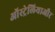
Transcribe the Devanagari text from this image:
ऑस्ट्रेलियाऔर